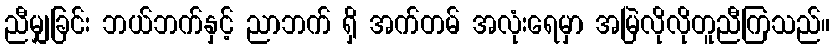
ညီမျှခြင်း ဘယ်ဘက်နှင့် ညာဘက် ရှိ အက်တမ် အလုံးရေမှာ အမြဲလိုလိုတူညီကြသည်။